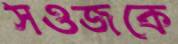
সওজকে